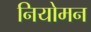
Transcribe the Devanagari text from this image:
नियोमन